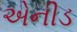
એનીડ